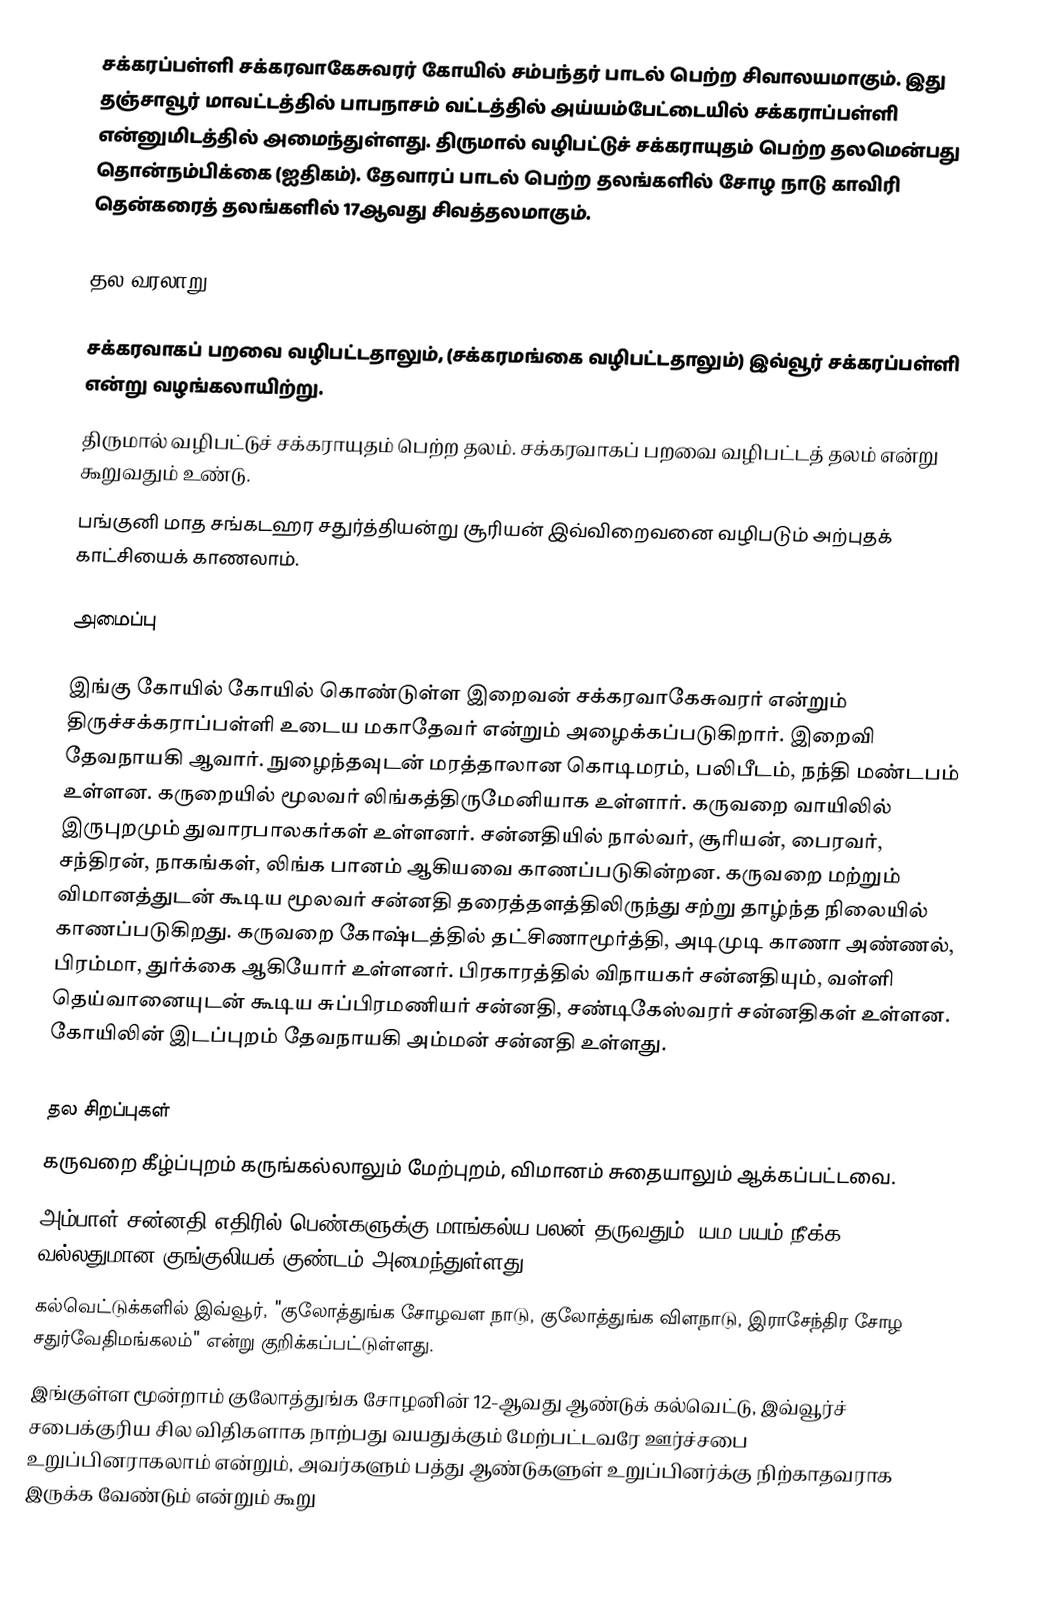
சக்கரப்பள்ளி சக்கரவாகேசுவரர் கோயில் சம்பந்தர் பாடல் பெற்ற சிவாலயமாகும். இது தஞ்சாவூர் மாவட்டத்தில்   பாபநாசம் வட்டத்தில் அய்யம்பேட்டையில் சக்கராப்பள்ளி என்னுமிடத்தில் அமைந்துள்ளது. திருமால் வழிபட்டுச் சக்கராயுதம் பெற்ற தலமென்பது தொன்நம்பிக்கை (ஐதிகம்). தேவாரப் பாடல் பெற்ற தலங்களில்  சோழ நாடு காவிரி தென்கரைத் தலங்களில் 17ஆவது சிவத்தலமாகும்.

தல வரலாறு

சக்கரவாகப் பறவை வழிபட்டதாலும், (சக்கரமங்கை வழிபட்டதாலும்) இவ்வூர் சக்கரப்பள்ளி என்று வழங்கலாயிற்று.
திருமால் வழிபட்டுச் சக்கராயுதம் பெற்ற தலம். சக்கரவாகப் பறவை வழிபட்டத் தலம் என்று கூறுவதும் உண்டு.
பங்குனி மாத சங்கடஹர சதுர்த்தியன்று சூரியன் இவ்விறைவனை வழிபடும் அற்புதக் காட்சியைக் காணலாம்.

அமைப்பு

இங்கு கோயில் கோயில் கொண்டுள்ள இறைவன் சக்கரவாகேசுவரர் என்றும் திருச்சக்கராப்பள்ளி உடைய மகாதேவர் என்றும் அழைக்கப்படுகிறார். இறைவி தேவநாயகி ஆவார். நுழைந்தவுடன் மரத்தாலான கொடிமரம், பலிபீடம், நந்தி மண்டபம் உள்ளன. கருறையில் மூலவர் லிங்கத்திருமேனியாக உள்ளார். கருவறை வாயிலில் இருபுறமும் துவாரபாலகர்கள் உள்ளனர். சன்னதியில் நால்வர், சூரியன், பைரவர், சந்திரன், நாகங்கள், லிங்க பானம் ஆகியவை காணப்படுகின்றன. கருவறை மற்றும் விமானத்துடன் கூடிய மூலவர் சன்னதி தரைத்தளத்திலிருந்து சற்று தாழ்ந்த நிலையில் காணப்படுகிறது. கருவறை கோஷ்டத்தில் தட்சிணாமூர்த்தி, அடிமுடி காணா அண்ணல், பிரம்மா, துர்க்கை ஆகியோர் உள்ளனர். பிரகாரத்தில் விநாயகர் சன்னதியும், வள்ளி தெய்வானையுடன் கூடிய சுப்பிரமணியர் சன்னதி, சண்டிகேஸ்வரர் சன்னதிகள் உள்ளன. கோயிலின் இடப்புறம் தேவநாயகி அம்மன் சன்னதி உள்ளது.

தல சிறப்புகள்
கருவறை கீழ்ப்புறம் கருங்கல்லாலும் மேற்புறம், விமானம் சுதையாலும் ஆக்கப்பட்டவை.
அம்பாள் சன்னதி எதிரில் பெண்களுக்கு மாங்கல்ய பலன் தருவதும், யம பயம் நீக்க வல்லதுமான குங்குலியக் குண்டம் அமைந்துள்ளது.
கல்வெட்டுக்களில் இவ்வூர், "குலோத்துங்க சோழவள நாடு, குலோத்துங்க விளநாடு, இராசேந்திர சோழ சதுர்வேதிமங்கலம்" என்று குறிக்கப்பட்டுள்ளது.
 இங்குள்ள மூன்றாம் குலோத்துங்க சோழனின் 12-ஆவது ஆண்டுக் கல்வெட்டு, இவ்வூர்ச் சபைக்குரிய சில விதிகளாக நாற்பது வயதுக்கும் மேற்பட்டவரே ஊர்ச்சபை உறுப்பினராகலாம் என்றும், அவர்களும் பத்து ஆண்டுகளுள் உறுப்பினர்க்கு நிற்காதவராக இருக்க வேண்டும் என்றும் கூறு